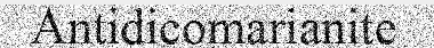
Antidicomarianite